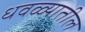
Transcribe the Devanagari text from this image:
धवळ्यातील